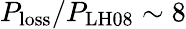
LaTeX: P_{\mathrm{loss}}/P_{\mathrm{LH08}}\sim 8